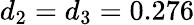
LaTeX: d_{2}=d_{3}=0.276